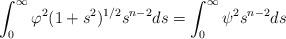
LaTeX: \begin{align*}\int_{0}^{\infty} \varphi^2(1+s^2)^{1/2}s^{n-2}ds=\int_{0}^{\infty} \psi^2s^{n-2}ds\end{align*}